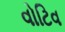
વોટિવ